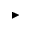
\blacktriangleright